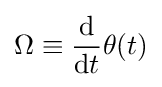
\Omega \equiv {\frac {\mathrm {d} }{\mathrm {d} t}}\theta (t)